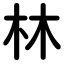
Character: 林